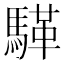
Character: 𮪏